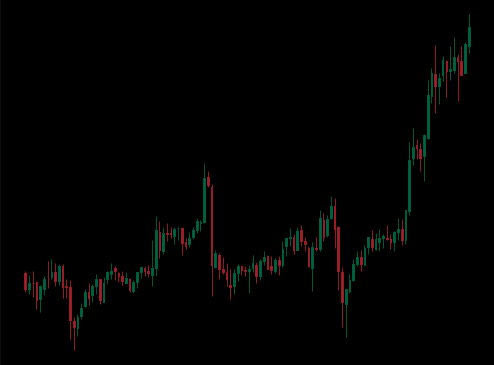
Pattern: unclassified